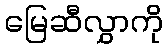
မြေဆီလွှာကို